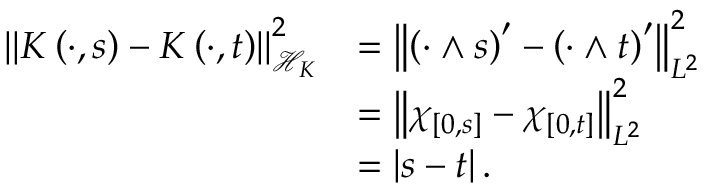
\begin{array} { r l } { \left\Vert K \left( \cdot , s \right) - K \left( \cdot , t \right) \right\Vert _ { \mathscr { H } _ { K } } ^ { 2 } } & { = \left\Vert \left( \cdot \wedge s \right) ^ { \prime } - \left( \cdot \wedge t \right) ^ { \prime } \right\Vert _ { L ^ { 2 } } ^ { 2 } } \\ & { = \left\Vert \chi _ { \left[ 0 , s \right] } - \chi _ { \left[ 0 , t \right] } \right\Vert _ { L ^ { 2 } } ^ { 2 } } \\ & { = \left| s - t \right| . } \end{array}